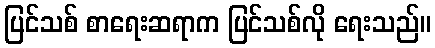
ပြင်သစ် စာရေးဆရာက ပြင်သစ်လို ရေးသည်။